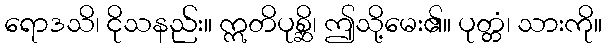
ရောဒသိ၊ ငိုသနည်း။ ဣတိပုစ္ဆိ၊ ဤသို့မေး၏။ ပုတ္တံ၊ သားကို။